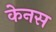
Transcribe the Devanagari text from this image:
केनस